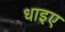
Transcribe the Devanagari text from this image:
धाइए